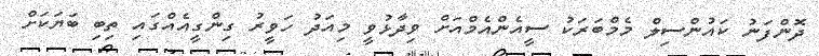
ދޮންފަނު ކައުންސިލް މެމްބަރަކު ސީއެންއެމްއަށް ވިދާޅުވީ މިއަދު ހަވީރު ގިންގީއެއްގައި ތިބި ބަޔަކަށް